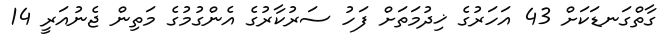
ގާތްގަނޑަކަށް 43 އަހަރުގެ ޚިދުމަތަށް ފަހު ސަރުކާރުގެ އެންގުމުގެ މަތިން ޖެނުއަރީ 14